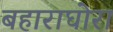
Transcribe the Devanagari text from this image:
बहाराघोरा